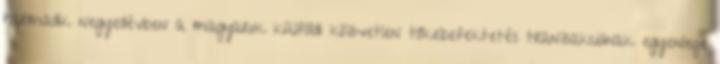
harmadik negyedévben a magyarok külföldi közvetlen tőkebefektetés tranzakcióinak egyenlege